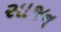
સાજન